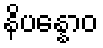
နိပန္နောဝ